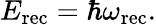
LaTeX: E_{\mathrm{rec}}=\hbar\omega_{\mathrm{rec}}.